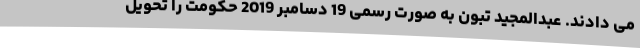
می دادند. عبدالمجید تبون به صورت رسمی 19 دسامبر 2019 حکومت را تحویل